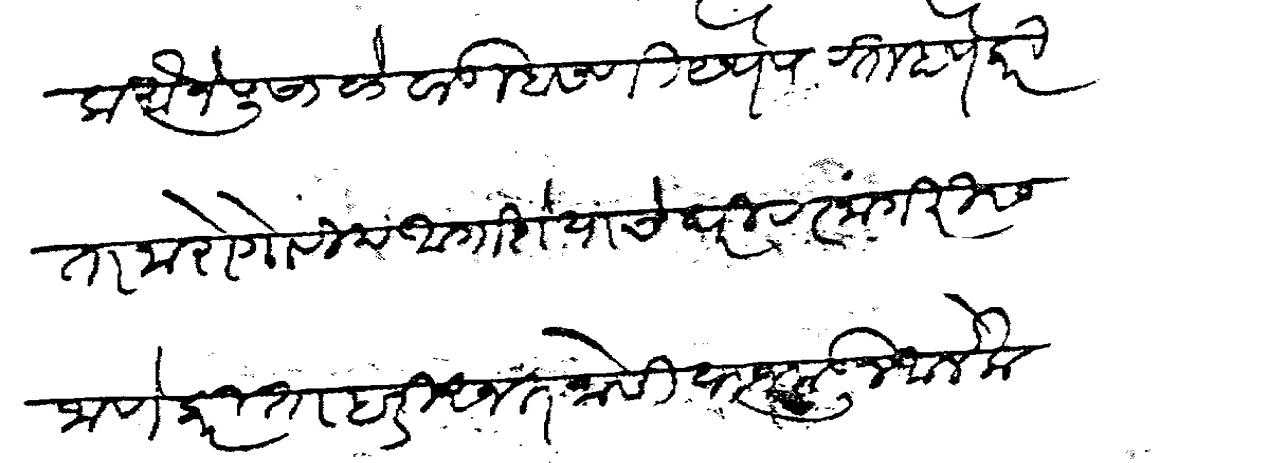
Transliteration (Devanagari): त्याजला मौजे पुसाळे वाडा बसणी येथे पावता होणेकरिता नारो गोविंद आगाशे याचेघरी रत्नांगिरीस जाणेकरिता हरी अनंत जोशी याजकडून आलेला